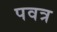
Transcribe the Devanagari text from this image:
पवत्र